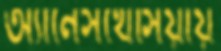
অ্যানেসথেসিয়ায়